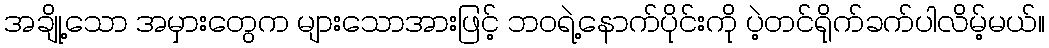
အချို့သော အမှားတွေက များသောအားဖြင့် ဘဝရဲ့နောက်ပိုင်းကို ပဲ့တင်ရိုက်ခက်ပါလိမ့်မယ်။